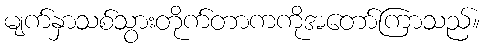
မျက်နှာသစ်သွားတိုက်တာကကိုအတော်ကြာသည်။